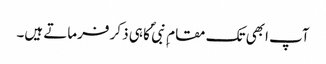
آپ ابھی تک مقام ِ نبی ؐ کا ہی ذکر فرماتے ہیں۔